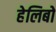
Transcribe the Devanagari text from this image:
हेलिबो